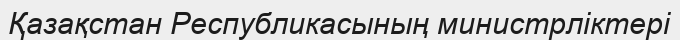
Қазақстан Республикасының министрліктері